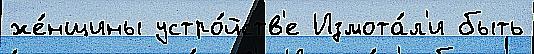
же́нщины устро́йств'е Измота́л'и быть